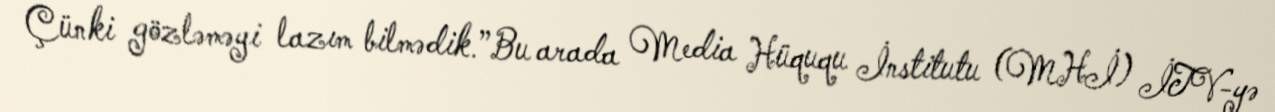
Çünki gözləməyi lazım bilmədik.”Bu arada Media Hüququ İnstitutu (MHİ) İTV-yə